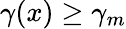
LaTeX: \gamma(x)\geq\gamma_{m}